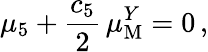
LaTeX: \mu_{5}+\frac{c_{5}}{2}\, \mu_{\mathrm{M}}^{Y}=0\, ,